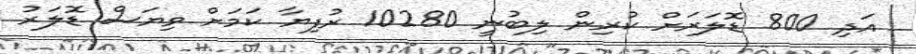
އަދި 800 ޑޮލަރަށް ކުރިން ލިބުނީ 10280 ރުފިޔާ ކަމަށް ވިޔަސް ޑޮލަރު